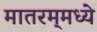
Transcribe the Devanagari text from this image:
मातरम्‌मध्ये